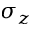
\sigma _ { z }